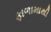
ફાળામાથી